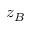
z _ { B }